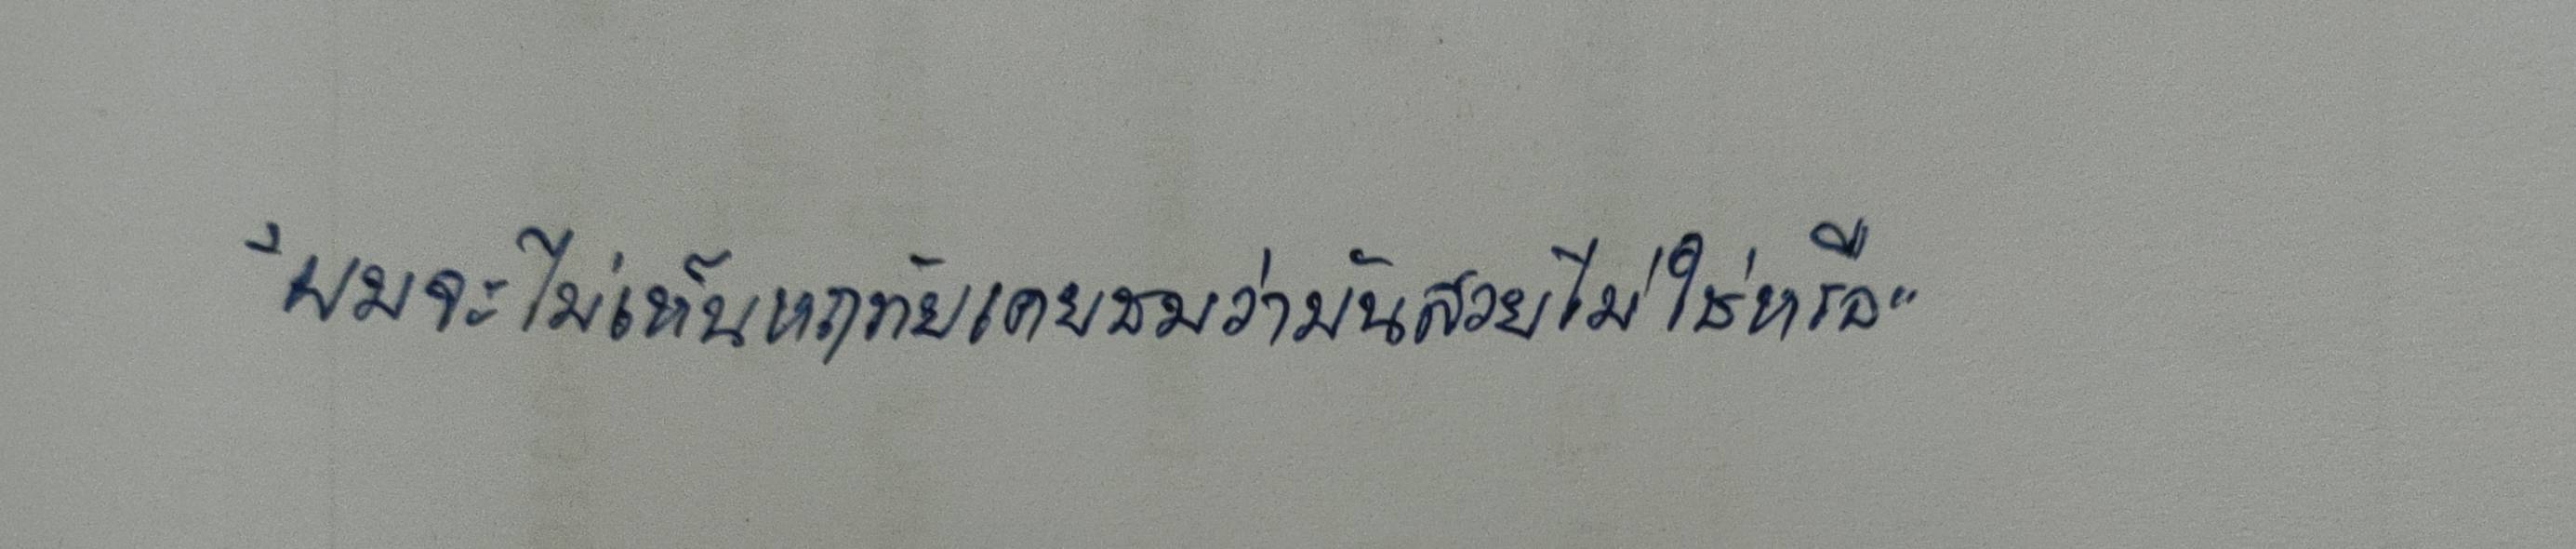
"ผมจะไม่เห็นหฤทัยเคยชมว่ามันสวยไม่ใช่หรือ"